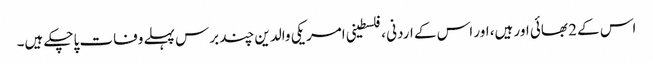
اس کے 2 بھائی اور ہیں، اور اس کے اردنی ،فلسطینی امریکی والدین چند برس پہلے وفات پاچکے ہیں۔